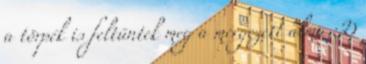
a törpék is feltűntek meg a mérgezett alma :D